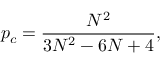
p _ { c } = \frac { N ^ { 2 } } { 3 N ^ { 2 } - 6 N + 4 } ,